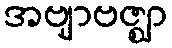
အဗျာဗဇ္ဈာ